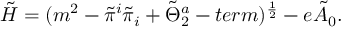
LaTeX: \tilde { H } = ( m ^ { 2 } - \tilde { \pi } ^ { i } \tilde { \pi } _ { i } + \tilde { \Theta } _ { 2 } ^ { a } - t e r m ) ^ { { \frac { 1 } { 2 } } } - e \tilde { A } _ { 0 } .